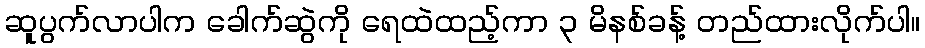
ဆူပွက်လာပါက ခေါက်ဆွဲကို ရေထဲထည့်ကာ ၃ မိနစ်ခန့် တည်ထားလိုက်ပါ။